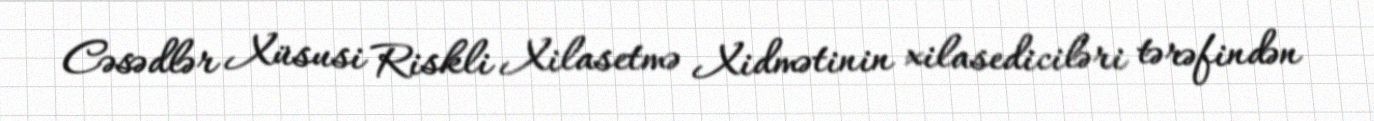
Cəsədlər Xüsusi Riskli Xilasetmə Xidmətinin xilasediciləri tərəfindən